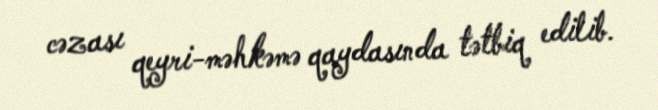
cəzası qeyri-məhkəmə qaydasında tətbiq edilib.